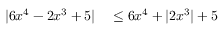
\begin{array} { r l } { | 6 x ^ { 4 } - 2 x ^ { 3 } + 5 | } & { { } \leq 6 x ^ { 4 } + | 2 x ^ { 3 } | + 5 } \end{array}